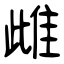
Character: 雌